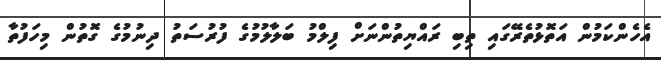
އެހެންކަމުން އަތޮޅުތެރޭގައި ތިބި ރައްޔިތުންނަށް ފިލްމު ބަލާލުމުގެ ފުރުސަތު ދިނުމުގެ ގޮތުން މިހަފުތާ